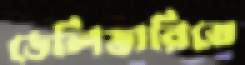
ডেলিভারিতে